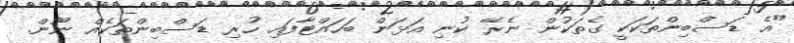
"އެ ޑަސްބިންތަކަކީ ގެތަކުން ނެރޭ ކުނި އަޅަން ބަހައްޓާފައި ހުރި ޑަސްބިންތަކެއް ނޫން.